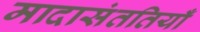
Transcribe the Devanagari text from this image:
मादासंततियाँ